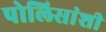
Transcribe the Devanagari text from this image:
पोलिसांशी